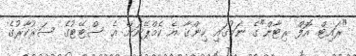
"ރައިޓް އޮފް ރިޓާން"ގެ ނަމުގައި ހިންގާ އެ ކެމްޕޭނަށް އެ ސްޓޭޓުގެ ސަރުކާރުގެ